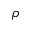
\rho